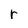
Character: r